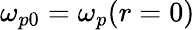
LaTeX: \omega_{p0}=\omega_{p}(r=0)